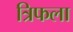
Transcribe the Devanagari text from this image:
त्रिफला